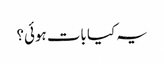
یہ کیا بات ہوئی؟